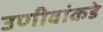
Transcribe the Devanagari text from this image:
उणीवांकडे